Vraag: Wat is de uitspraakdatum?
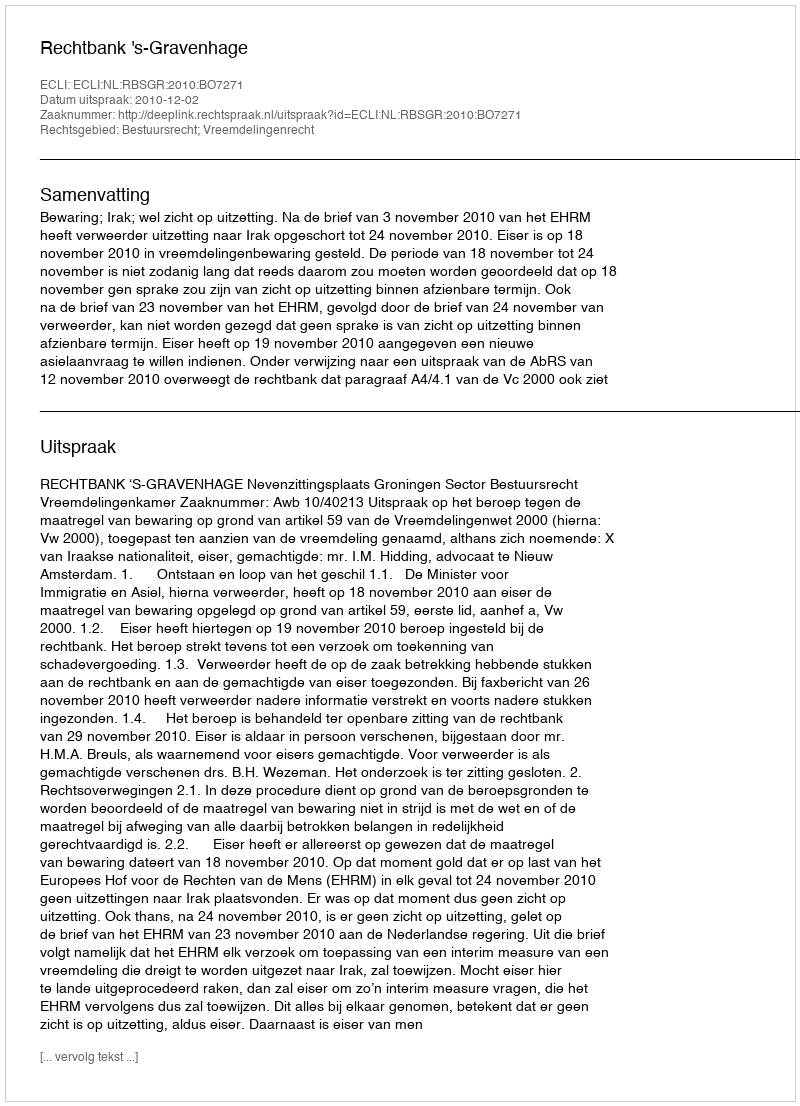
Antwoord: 2010-12-02